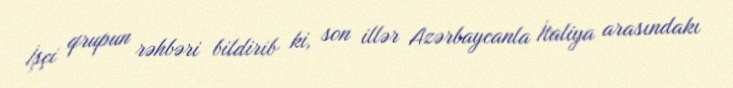
İşçi qrupun rəhbəri bildirib ki, son illər Azərbaycanla İtaliya arasındakı